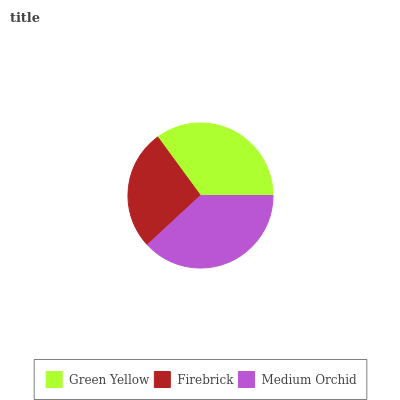
| Green Yellow | Firebrick | Medium Orchid |
 | --- | --- | --- |
 | 35% | 26.9% | 38.1% |